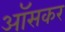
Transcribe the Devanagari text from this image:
ऑसकर